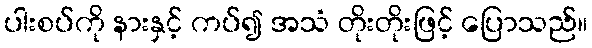
ပါးစပ်ကို နားနှင့် ကပ်၍ အသံ တိုးတိုးဖြင့် ပြောသည်။